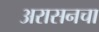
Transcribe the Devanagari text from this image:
अरासनचा